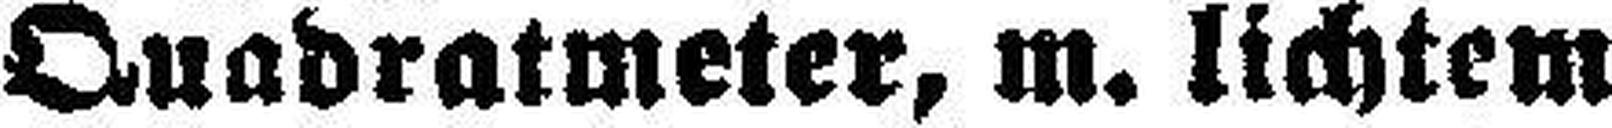
Quadratmeter, m. lichtem